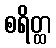
စရိတ္ထ